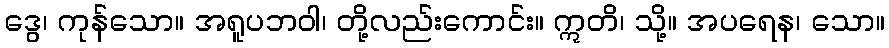
ဒွေ၊ ကုန်သော။ အရူပဘဝါ၊ တို့လည်းကောင်း။ ဣတိ၊ သို့။ အပရေန၊ သော။